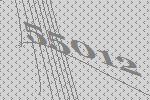
55012